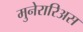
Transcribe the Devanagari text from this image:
मुनेरारिअस